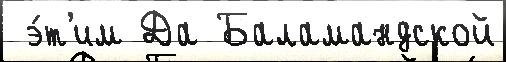
 э́т'им Да Баламандской